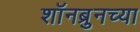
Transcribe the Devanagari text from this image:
शॉनब्रुनच्या